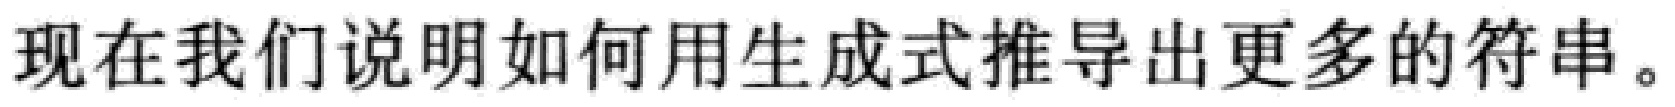
现在我们说明如何用生成式推导出更多的符串。